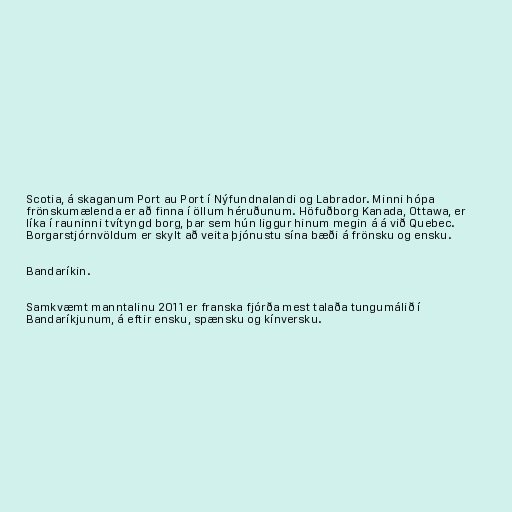
Scotia, á skaganum Port au Port í Nýfundnalandi og Labrador. Minni hópa
frönskumælenda er að finna í öllum héruðunum. Höfuðborg Kanada, Ottawa, er
líka í rauninni tvítyngd borg, þar sem hún liggur hinum megin á á við Quebec.
Borgarstjórnvöldum er skylt að veita þjónustu sína bæði á frönsku og ensku.

Bandaríkin.

Samkvæmt manntalinu 2011 er franska fjórða mest talaða tungumálið í
Bandaríkjunum, á eftir ensku, spænsku og kínversku.